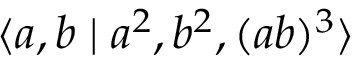
\langle a , b \mid a ^ { 2 } , b ^ { 2 } , ( a b ) ^ { 3 } \rangle